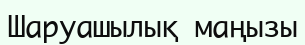
Шаруашылық маңызы